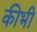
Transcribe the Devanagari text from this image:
कीभी